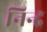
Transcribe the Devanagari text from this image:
निन्द्र